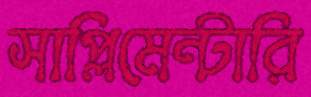
সাপ্লিমেন্টারি